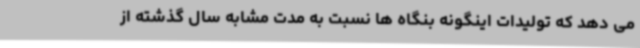
می دهد که تولیدات اینگونه بنگاه ها نسبت به مدت مشابه سال گذشته از